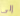
إلى